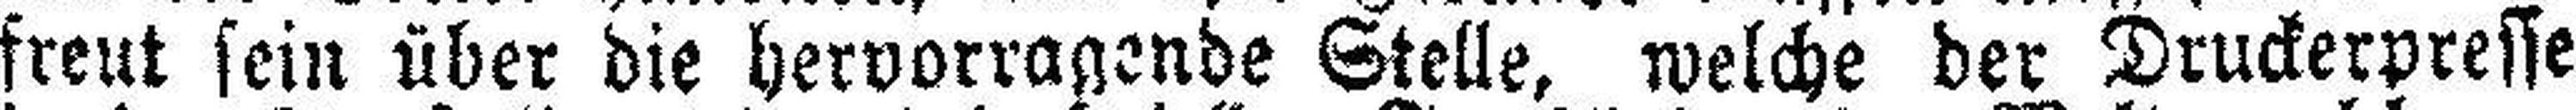
freut sein über die hervorragende Stelle, welche der Druckerpresse